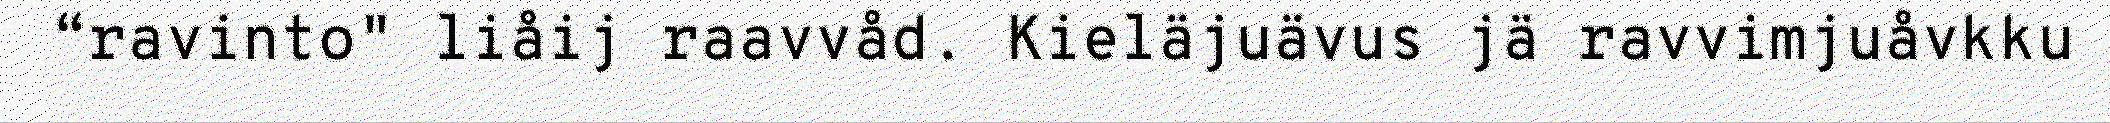
“ravinto" liåij raavvåd. Kieläjuävus jä ravvimjuåvkku